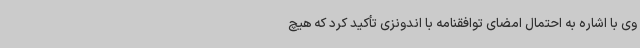
وی با اشاره به احتمال امضای توافقنامه با اندونزی تأکید کرد که هیچ